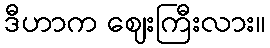
ဒီဟာက ဈေးကြီးလား။